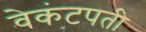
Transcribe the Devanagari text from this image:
वेकंटपती